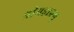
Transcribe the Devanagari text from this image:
श्रीमहाप्रभु